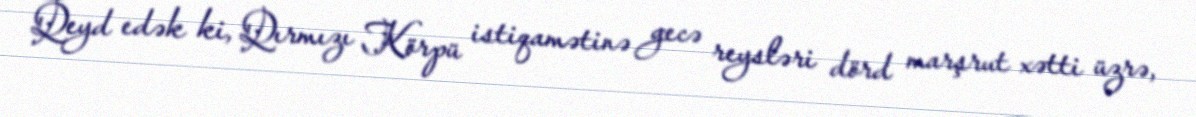
Qeyd edək ki, Qırmızı Körpü istiqamətinə gecə reysləri dörd marşrut xətti üzrə,